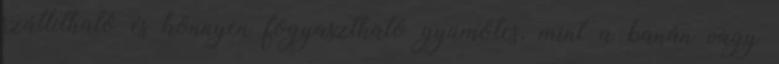
szállítható és könnyen fogyasztható gyümölcs, mint a banán vagy